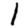
Digit: 1